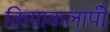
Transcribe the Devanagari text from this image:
क्रियाकलापोँ